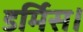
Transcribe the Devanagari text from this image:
डर्मिस।